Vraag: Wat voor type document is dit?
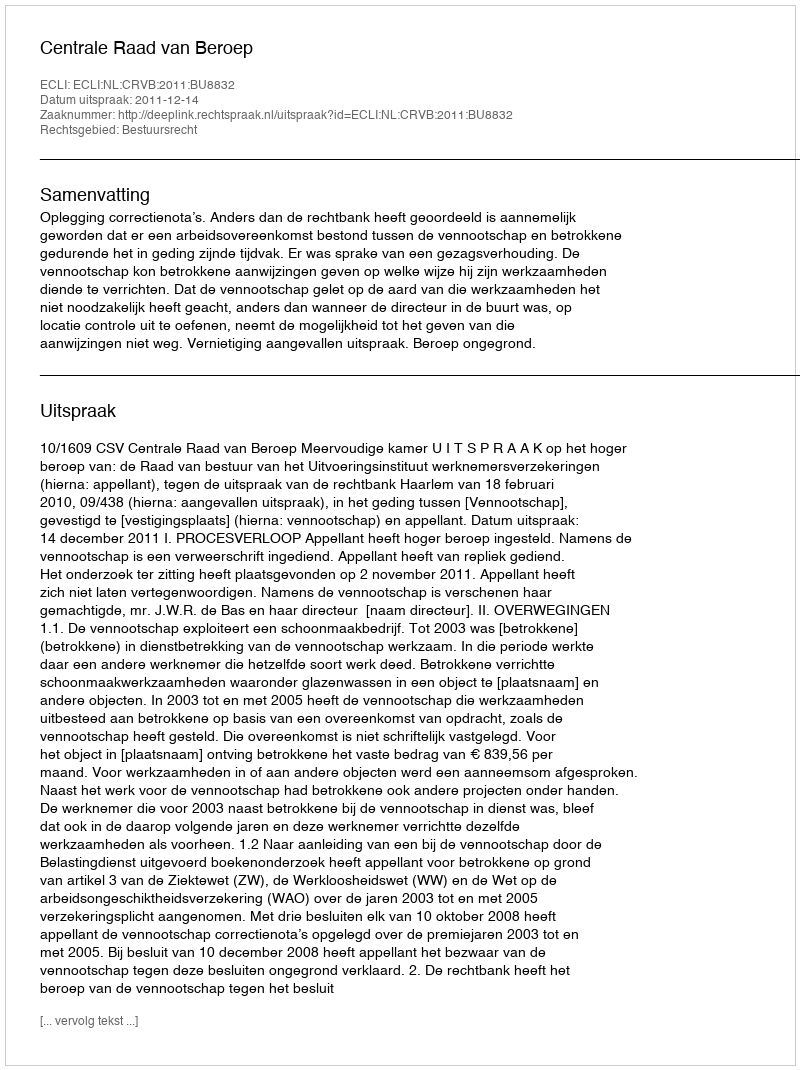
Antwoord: Uitspraak